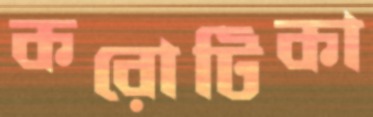
করোটিকা